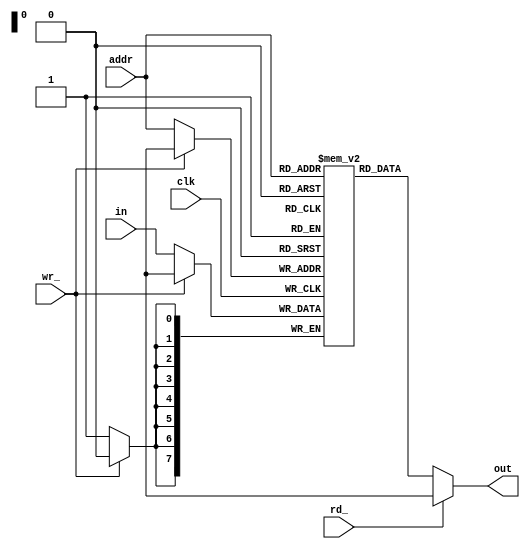
module RAM (
    input wire [7:0] addr, //  
    input wire [7:0] in,  //  
    output wire [7:0] out, //  
    input wire rd_, // 
    input wire wr_, // 
    input wire clk // 
);

    reg [7:0] mem[0:255]; // , 2568

// , 
    assign out = (rd_ == 1'b0)? mem[addr]: 8'hxx;

// mem ,  always 
    always @(posedge clk) begin
        if (wr_ == 1'b0) begin
            mem[addr] <= in;
        end
    end
    
endmodule